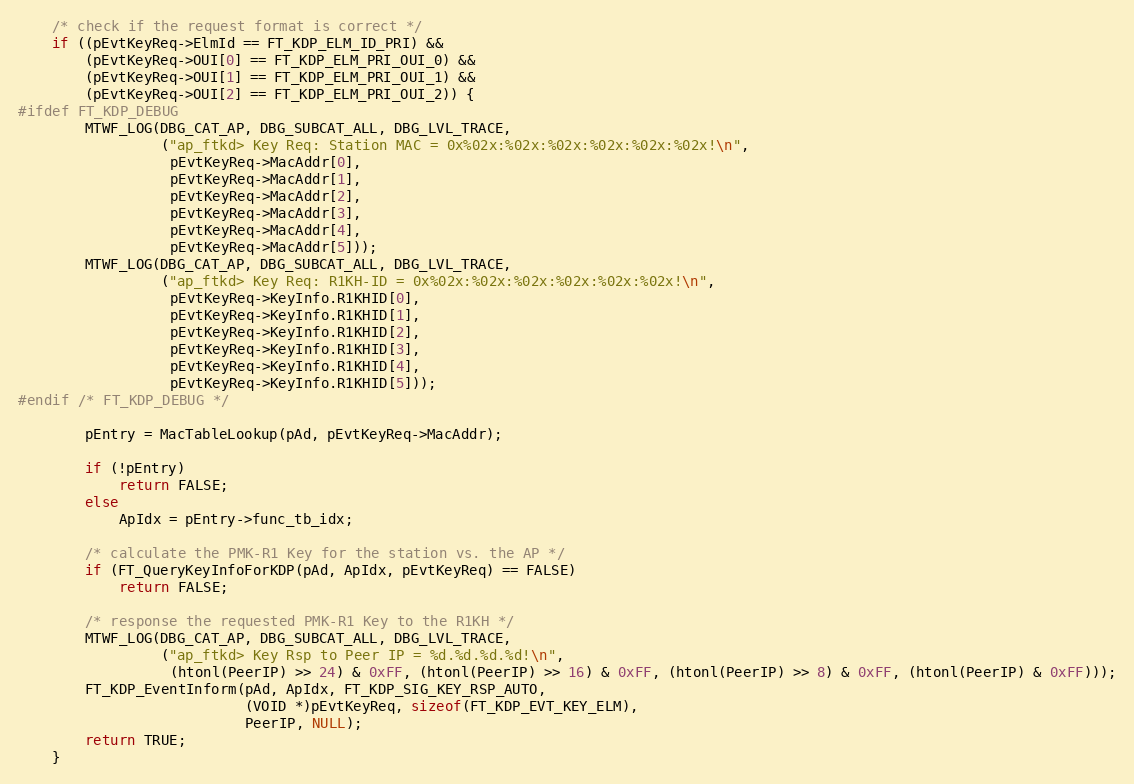
Language: C
	/* check if the request format is correct */
	if ((pEvtKeyReq->ElmId == FT_KDP_ELM_ID_PRI) &&
		(pEvtKeyReq->OUI[0] == FT_KDP_ELM_PRI_OUI_0) &&
		(pEvtKeyReq->OUI[1] == FT_KDP_ELM_PRI_OUI_1) &&
		(pEvtKeyReq->OUI[2] == FT_KDP_ELM_PRI_OUI_2)) {
#ifdef FT_KDP_DEBUG
		MTWF_LOG(DBG_CAT_AP, DBG_SUBCAT_ALL, DBG_LVL_TRACE,
				 ("ap_ftkd> Key Req: Station MAC = 0x%02x:%02x:%02x:%02x:%02x:%02x!\n",
				  pEvtKeyReq->MacAddr[0],
				  pEvtKeyReq->MacAddr[1],
				  pEvtKeyReq->MacAddr[2],
				  pEvtKeyReq->MacAddr[3],
				  pEvtKeyReq->MacAddr[4],
				  pEvtKeyReq->MacAddr[5]));
		MTWF_LOG(DBG_CAT_AP, DBG_SUBCAT_ALL, DBG_LVL_TRACE,
				 ("ap_ftkd> Key Req: R1KH-ID = 0x%02x:%02x:%02x:%02x:%02x:%02x!\n",
				  pEvtKeyReq->KeyInfo.R1KHID[0],
				  pEvtKeyReq->KeyInfo.R1KHID[1],
				  pEvtKeyReq->KeyInfo.R1KHID[2],
				  pEvtKeyReq->KeyInfo.R1KHID[3],
				  pEvtKeyReq->KeyInfo.R1KHID[4],
				  pEvtKeyReq->KeyInfo.R1KHID[5]));
#endif /* FT_KDP_DEBUG */

		pEntry = MacTableLookup(pAd, pEvtKeyReq->MacAddr);

		if (!pEntry)
			return FALSE;
		else
			ApIdx = pEntry->func_tb_idx;

		/* calculate the PMK-R1 Key for the station vs. the AP */
		if (FT_QueryKeyInfoForKDP(pAd, ApIdx, pEvtKeyReq) == FALSE)
			return FALSE;

		/* response the requested PMK-R1 Key to the R1KH */
		MTWF_LOG(DBG_CAT_AP, DBG_SUBCAT_ALL, DBG_LVL_TRACE,
				 ("ap_ftkd> Key Rsp to Peer IP = %d.%d.%d.%d!\n",
				  (htonl(PeerIP) >> 24) & 0xFF, (htonl(PeerIP) >> 16) & 0xFF, (htonl(PeerIP) >> 8) & 0xFF, (htonl(PeerIP) & 0xFF)));
		FT_KDP_EventInform(pAd, ApIdx, FT_KDP_SIG_KEY_RSP_AUTO,
						   (VOID *)pEvtKeyReq, sizeof(FT_KDP_EVT_KEY_ELM),
						   PeerIP, NULL);
		return TRUE;
	}